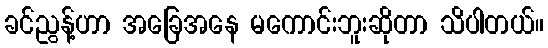
ခင်ညွန့်ဟာ အခြေအနေ မကောင်းဘူးဆိုတာ သိပါတယ်။